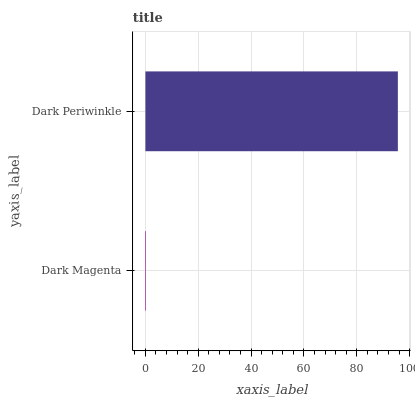
| yaxis_label | bars |
 | --- | --- |
 | Dark Magenta | 0.223 |
 | Dark Periwinkle | 95.6 |